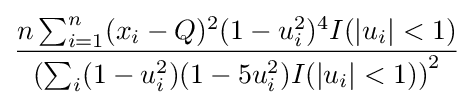
{\frac {n\sum _{i=1}^{n}(x_{i}-Q)^{2}(1-u_{i}^{2})^{4}I(|u_{i}|<1)}{\left(\sum _{i}(1-u_{i}^{2})(1-5u_{i}^{2})I(|u_{i}|<1)\right)^{2}}}